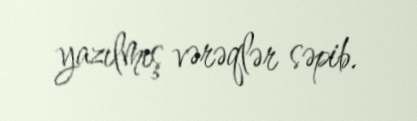
yazılmış vərəqlər səpib.